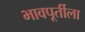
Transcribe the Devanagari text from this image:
भावपूर्तीला